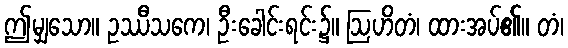
ဤမျှသော။ ဥဿီသကေ၊ ဦးခေါင်းရင်း၌။ ဩဟိတံ၊ ထားအပ်၏။ တံ၊